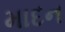
માદન